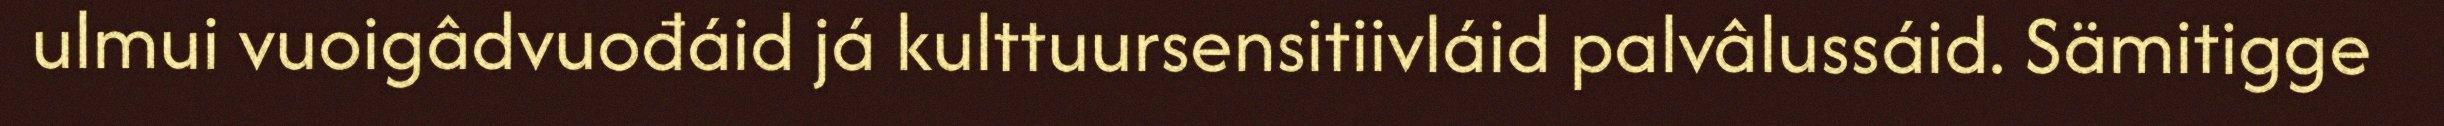
ulmui vuoigâdvuođáid já kulttuursensitiivláid palvâlussáid. Sämitigge